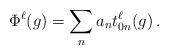
LaTeX: \begin{align*} \Phi^\ell(g) = \sum_{n} a_n t^\ell_{0n}(g)\, .\end{align*}